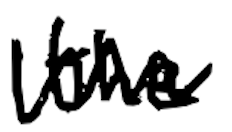
Text: the
Cross-out: zig-zag
Writing tool: digital_black